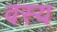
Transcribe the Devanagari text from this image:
वस्य